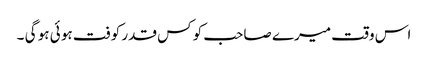
اس وقت میرے صاحب کو کس قدر کوفت ہو ئی ہو گی ۔